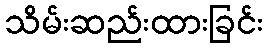
သိမ်းဆည်းထားခြင်း